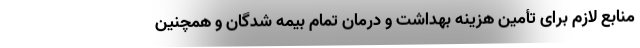
منابع لازم برای تأمین هزینه بهداشت و درمان تمام بیمه شدگان و همچنین